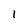
Character: I